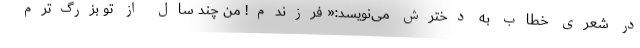
در شعری خطاب به دخترش می‌نویسد:« فرزندم! من چند سال از تو بزرگ‌ترم